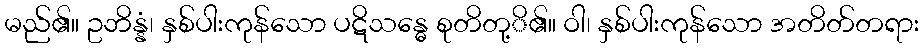
မည်၏။ ဥဘိန္နံ၊ နှစ်ပါးကုန်သော ပဋိသန္ဓေ စုတိတု့ိ၏။ ဝါ၊ နှစ်ပါးကုန်သော အတိတ်တရား